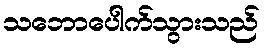
သဘောပေါက်သွားသည်